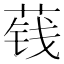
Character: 𮶬